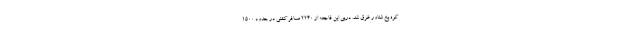
کوه یخ شناور غرق شد. درپی این فاجعه از ۲۲۴۰ مسافر کشتی در حدود ۱۵۰۰